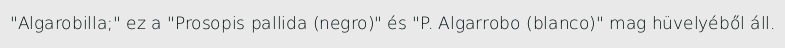
"Algarobilla;" ez a "Prosopis pallida (negro)" és "P. Algarrobo (blanco)" mag hüvelyéből áll.